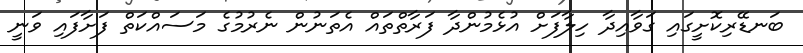
ބަނޑޭރިކޮށީގައި ގަވާއިދާ ހިލާފަށް އުޅެމުންދާ ފަރާތްތައް އެތަނުން ނެރުމުގެ މަސައްކަތް ފަށާފައި ވަނީ